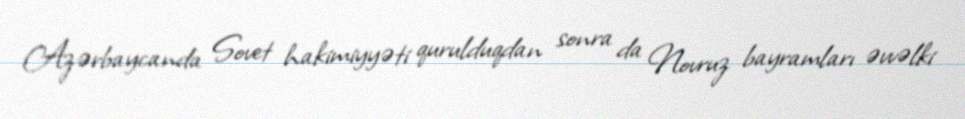
Azərbaycanda Sovet hakimiyyəti qurulduqdan sonra da Novruz bayramları əvvəlki